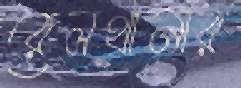
রেলথানার